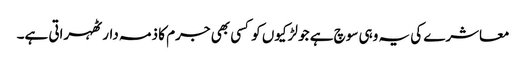
معاشرے کی یہ وہی سوچ ہے جو لڑکیوں کو کسی بھی جرم کا ذمہ دار ٹھہراتی ہے۔